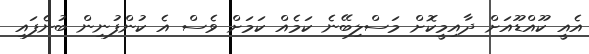
އެއީ ކޫއްޑޫއަށް ދާއިމީކޮށް މަސްލިބޭނެ ކަމެއް ކަމަށް ވެސް އެ ކުންފުނިން ބުނެފައި